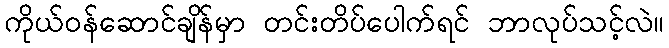
ကိုယ်ဝန်ဆောင်ချိန်မှာ တင်းတိပ်ပေါက်ရင် ဘာလုပ်သင့်လဲ။